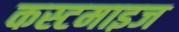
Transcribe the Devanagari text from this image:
कस्टमाइज